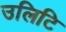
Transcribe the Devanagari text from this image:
उलिटि